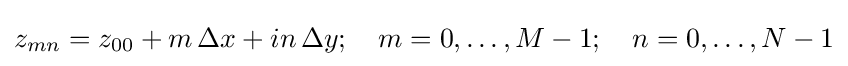
z_{mn}=z_{00}+m\,\Delta x+in\,\Delta y;\quad m=0,\ldots ,M-1;\quad n=0,\ldots ,N-1